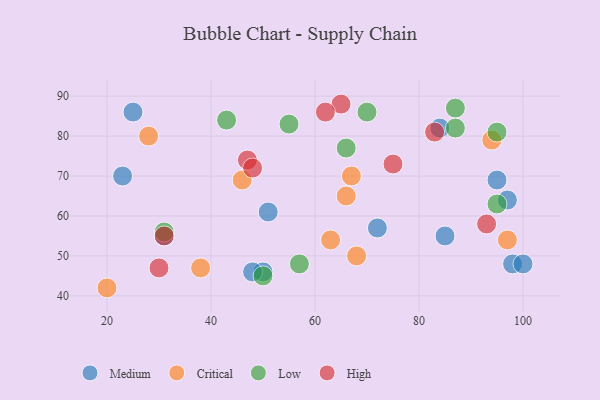
{"axis": {"x": "GDP", "y": "Life Expectancy"}, "legend": ["Critical", "High", "Low", "Medium"], "data": [{"x": "25", "y": 86, "type": "Medium"}, {"x": "98", "y": 48, "type": "Medium"}, {"x": "50", "y": 46, "type": "Medium"}, {"x": "48", "y": 46, "type": "Medium"}, {"x": "23", "y": 70, "type": "Medium"}, {"x": "72", "y": 57, "type": "Medium"}, {"x": "95", "y": 69, "type": "Medium"}, {"x": "97", "y": 64, "type": "Medium"}, {"x": "100", "y": 48, "type": "Medium"}, {"x": "31", "y": 55, "type": "Medium"}, {"x": "84", "y": 82, "type": "Medium"}, {"x": "51", "y": 61, "type": "Medium"}, {"x": "85", "y": 55, "type": "Medium"}, {"x": "28", "y": 80, "type": "Critical"}, {"x": "68", "y": 50, "type": "Critical"}, {"x": "97", "y": 54, "type": "Critical"}, {"x": "94", "y": 79, "type": "Critical"}, {"x": "38", "y": 47, "type": "Critical"}, {"x": "63", "y": 54, "type": "Critical"}, {"x": "46", "y": 69, "type": "Critical"}, {"x": "20", "y": 42, "type": "Critical"}, {"x": "67", "y": 70, "type": "Critical"}, {"x": "66", "y": 65, "type": "Critical"}, {"x": "66", "y": 77, "type": "Low"}, {"x": "95", "y": 63, "type": "Low"}, {"x": "50", "y": 45, "type": "Low"}, {"x": "87", "y": 87, "type": "Low"}, {"x": "57", "y": 48, "type": "Low"}, {"x": "95", "y": 81, "type": "Low"}, {"x": "55", "y": 83, "type": "Low"}, {"x": "87", "y": 82, "type": "Low"}, {"x": "70", "y": 86, "type": "Low"}, {"x": "31", "y": 56, "type": "Low"}, {"x": "43", "y": 84, "type": "Low"}, {"x": "65", "y": 88, "type": "High"}, {"x": "47", "y": 74, "type": "High"}, {"x": "75", "y": 73, "type": "High"}, {"x": "48", "y": 72, "type": "High"}, {"x": "62", "y": 86, "type": "High"}, {"x": "30", "y": 47, "type": "High"}, {"x": "31", "y": 55, "type": "High"}, {"x": "83", "y": 81, "type": "High"}, {"x": "93", "y": 58, "type": "High"}]}